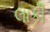
લાકી